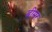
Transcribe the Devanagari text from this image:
ढीमर